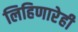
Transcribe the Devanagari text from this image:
लिहिणारेही